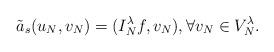
LaTeX: \begin{align*} \tilde a_s(u_N,v_N) =(I_N^\lambda f,v_N),\forall v_N\in V_N^\lambda.\end{align*}